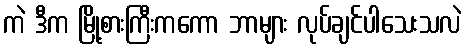
ကဲ ဒီက မြို့စားကြီးကကော ဘာများ လုပ်ချင်ပါသေးသလဲ